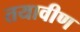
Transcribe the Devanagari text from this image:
तयावीण